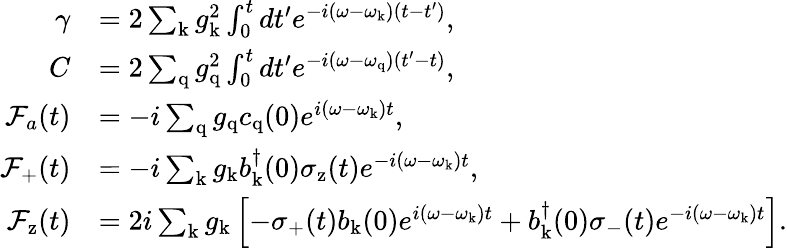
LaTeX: \begin{array}{rl}{\gamma}&{=2\sum_{\mathrm{k}}g_{\mathrm{k}}^{2}\int_{0}^{t}dt^{\prime}e^{-i(\omega-\omega_{\mathrm{k}})(t-t^{\prime})},}\\ {C}&{=2\sum_{\mathrm{q}}g_{\mathrm{q}}^{2}\int_{0}^{t}dt^{\prime}e^{-i(\omega-\omega_{\mathrm{q}})(t^{\prime}-t)},}\\ {\mathcal{F}_{a}(t)}&{=-i\sum_{\mathrm{q}}g_{\mathrm{q}}c_{\mathrm{q}}(0)e^{i(\omega-\omega_{\mathrm{k}})t},}\\ {\mathcal{F}_{\mathrm{+}}(t)}&{=-i\sum_{\mathrm{k}}g_{\mathrm{k}}b_{\mathrm{k}}^{\dagger}(0)\sigma_{\mathrm{z}}(t)e^{-i(\omega-\omega_{\mathrm{k}})t},}\\ {\mathcal{F}_{\mathrm{z}}(t)}&{=2i\sum_{\mathrm{k}}g_{\mathrm{k}}\left[-\sigma_{\mathrm{+}}(t)b_{\mathrm{k}}(0)e^{i(\omega-\omega_{\mathrm{k}})t}+b_{\mathrm{k}}^{\dagger}(0)\sigma_{\mathrm{-}}(t)e^{-i(\omega-\omega_{\mathrm{k}})t}\right].}\end{array}